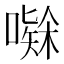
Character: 𭋅